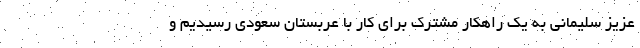
عزيز سليماني به يك راهكار مشترك براي كار با عربستان سعودي رسيديم و